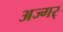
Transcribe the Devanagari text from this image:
अज्गर्